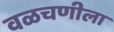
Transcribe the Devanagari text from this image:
वळचणीला